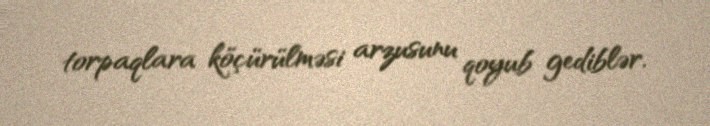
torpaqlara köçürülməsi arzusunu qoyub gediblər.